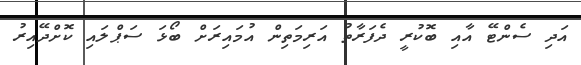
އަދި ސެންޓޭ އާއި ބޮކުރީ ދެފަރާތު އަރިމަތިން އުމައިރަށް ބޯޅަ ސަޕްލައި ކޮށްދޭއިރު